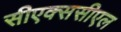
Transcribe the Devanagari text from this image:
सीएक्ससीएल